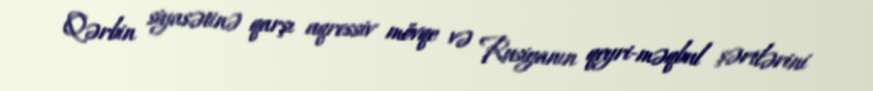
Qərbin siyasətinə qarşı aqressiv mövqe və Rusiyanın qeyri-məqbul şərtlərini